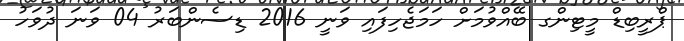
ޕްރީބިޑް މީޓިންގ ބޭއްވުމަށް ހަމަޖެހިފައި ވަނީ 2016 ޑިސެންބަރު 04 ވަނަ ދުވަހު